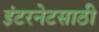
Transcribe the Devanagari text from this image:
इंटरनेटसाठी